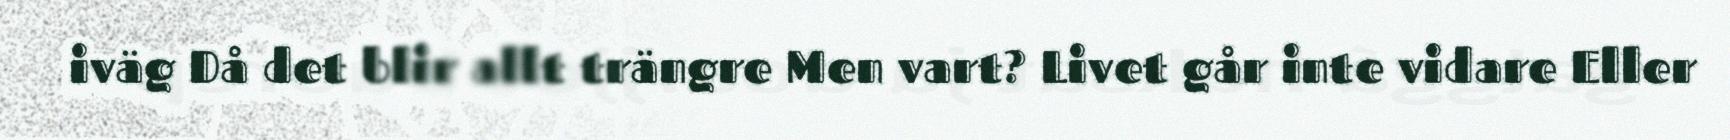
iväg Då det blir allt trängre Men vart? Livet går inte vidare Eller